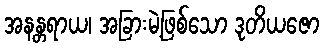
အနန္တရာယ၊ အခြားမဲ့ဖြစ်သော ဒုတိယဇော